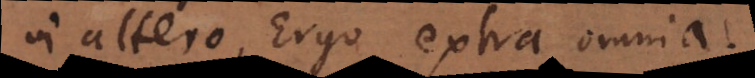
in altero. Ergo extra omnia.